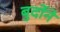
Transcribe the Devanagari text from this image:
बुर्दोने